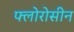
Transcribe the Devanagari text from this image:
फ्लोरोसीन